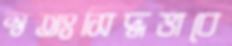
স্বতঃসিদ্ধভাবে